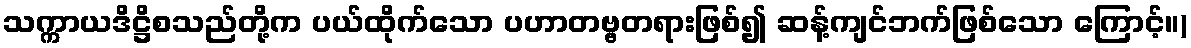
သက္ကာယဒိဋ္ဌိစသည်တို့က ပယ်ထိုက်သော ပဟာတဗ္ဗတရားဖြစ်၍ ဆန့်ကျင်ဘက်ဖြစ်သော ကြောင့်။)